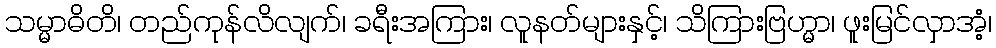
သမ္မာဓိတိ၊ တည်ကုန်လိလျက်၊ ခရီးအကြား၊ လူနတ်များနှင့်၊ သိကြားဗြဟ္မာ၊ ဖူးမြင်လှာအံ့၊